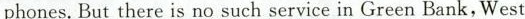
phones.But there is no such service in Green Bank,West